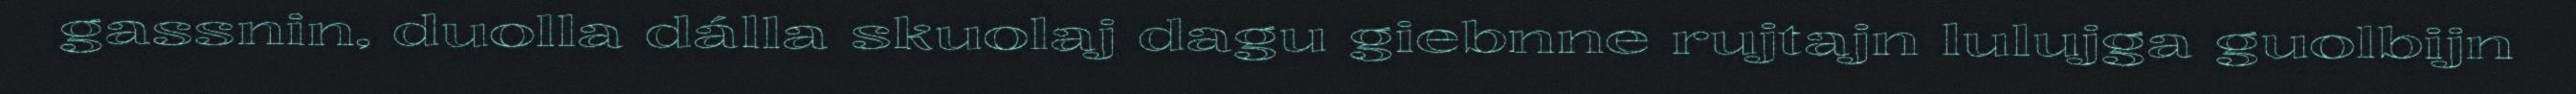
gassnin, duolla dálla skuolaj dagu giebnne rujtajn lulujga guolbijn